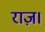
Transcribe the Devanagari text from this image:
राज़।